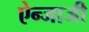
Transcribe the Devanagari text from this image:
ऐन्जाजी